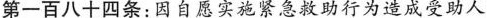
第一百八十四条:因自愿实施紧急救助行为造成受助人